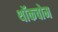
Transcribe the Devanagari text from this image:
थॉकचोम